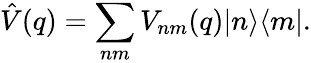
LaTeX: \hat{V}(q)=\sum_{nm}V_{nm}(q)|n\rangle\langle m|.